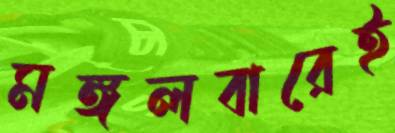
মঙ্গলবারেই